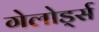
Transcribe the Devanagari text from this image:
गेलोर्ड्स